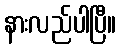
နားလည်ပါပြီ။